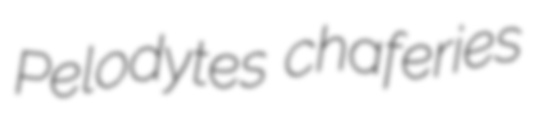
Pelodytes chaferies